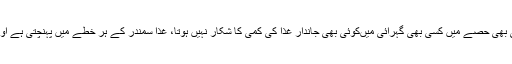
کیسا زبردست انتظام ہے، سمندر کے کسی بھی حصے میں کسی بھی گہرائی میںکوئی بھی جاندار غذا کی کمی کا شکار نہیں ہوتا، غذا سمندر کے ہر خطے میں پہنچتی ہے اور سمندر کی تہوں میں بھی پھیل جاتی ہے۔